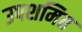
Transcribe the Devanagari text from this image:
उपशमित